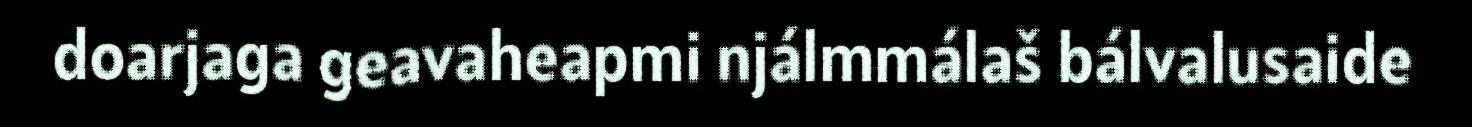
doarjaga geavaheapmi njálmmálaš bálvalusaide